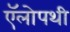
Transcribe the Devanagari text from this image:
ऍलोपथी